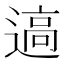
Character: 𰻊